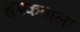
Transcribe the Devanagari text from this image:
मुश्कवाला